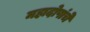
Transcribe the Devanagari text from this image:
महादोषांचे